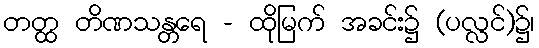
တတ္ထ တိဏသန္တရေ - ထိုမြက် အခင်း၌ (ပလ္လင်)၌၊